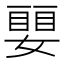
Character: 𡡜